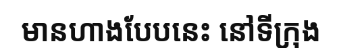
មានហាងបែបនេះ នៅទីក្រុង